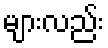
များလည်း